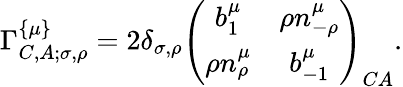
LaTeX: \Gamma_{C,A;\sigma,\rho}^{\left\{ \mu\right\} }=2\delta_{\sigma,\rho}\left(\begin{array}{cc}{{b_{1}^{\mu}}}&{{\rho n_{-\rho}^{\mu}}}\\ {{\rho n_{\rho}^{\mu}}}&{{b_{-1}^{\mu}}}\end{array}\right)_{CA}.